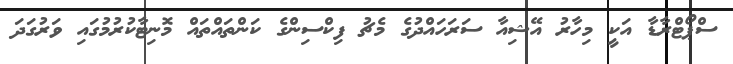
ސްޕޯޓްރާޑާ އަކީ މިހާރު އޭޝިއާ ސަރަހައްދުގެ މެޗު ފިކްސިންގެ ކަންތައްތައް މޮނިޓާކުރުމުގައި ވަރުގަދަ